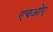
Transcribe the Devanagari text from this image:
एचओए